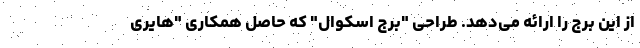
از این برج را ارائه می‌دهد. طراحی "برج اسکوال" که حاصل همکاری "هایری